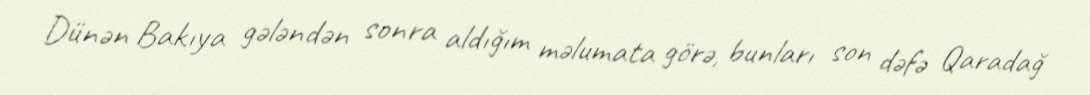
Dünən Bakıya gələndən sonra aldığım məlumata görə, bunları son dəfə Qaradağ